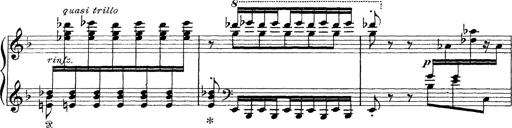
Title: Scherzo und Marsch
Composer: Franz Liszt